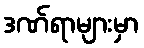
ဒဏ်ရာများမှာ